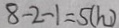
8 - 2 - 1 = 5 ( h )